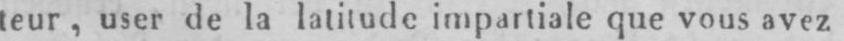
leur, user de la latitude impartiale que vous avez